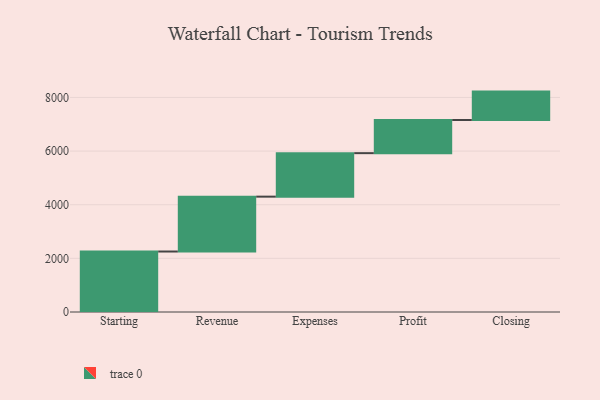
{"axis": {"x": "Step", "y": "Value"}, "legend": [""], "data": [{"x": "Starting", "y": 2255.0, "type": ""}, {"x": "Revenue", "y": 2046.0, "type": ""}, {"x": "Expenses", "y": 1622.0, "type": ""}, {"x": "Profit", "y": 1236.0, "type": ""}, {"x": "Closing", "y": 1059.0, "type": ""}]}